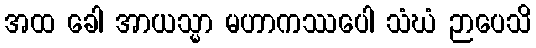
အထ ခေါ အာယသ္မာ မဟာကဿပေါ သံဃံ ဉာပေသိ